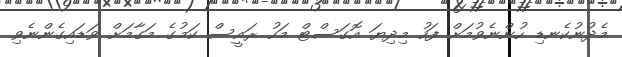
މެދުނުކެނޑި ހުންނެވުމަށް ފަހު މިދިޔަ އޮގަސްޓް މަހު ރައީސް ކަމުގެ މަގާމަށް ވަޑައިގެންނެވި